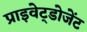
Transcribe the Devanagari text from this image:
प्राइवेट्डोजेंट